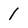
Character: 1